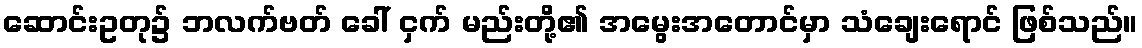
ဆောင်းဥတု၌ ဘလက်ဗတ် ခေါ် ငှက် မည်းတို့၏ အမွေးအတောင်မှာ သံချေးရောင် ဖြစ်သည်။